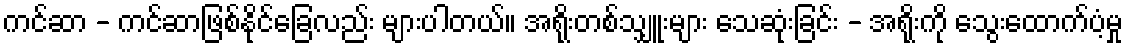
ကင်ဆာ - ကင်ဆာဖြစ်နိုင်ခြေလည်း များပါတယ်။ အရိုးတစ်သျှူးများ သေဆုံးခြင်း - အရိုးကို သွေးထောက်ပံ့မှု